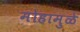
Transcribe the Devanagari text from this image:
मोहामुळे